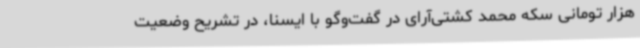
هزار تومانی سکه محمد کشتی‌آرای در گفت‌وگو با ایسنا، در تشریح وضعیت